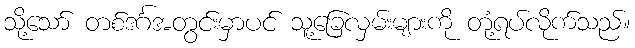
သို့သော် တစ်ဒင်္ဂအတွင်းမှာပင် သူ့ခြေလှမ်းများကို တုံ့ရပ်လိုက်သည်။